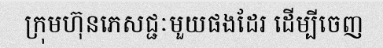
ក្រុមហ៊ុនភេសជ្ជៈមួយផងដែរ ដើម្បីចេញ